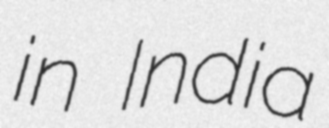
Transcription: in India